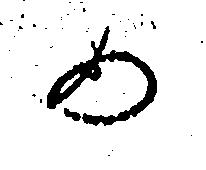
め